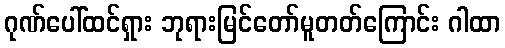
ဂုဏ်ပေါ်ထင်ရှား ဘုရားမြင်တော်မူတတ်ကြောင်း ဂါထာ